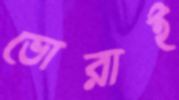
ভোরাই